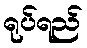
ရုပ်ရည်